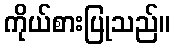
ကိုယ်စားပြုသည်။